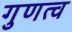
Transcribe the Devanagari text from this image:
गुणत्व